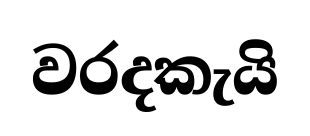
වරදකැයි